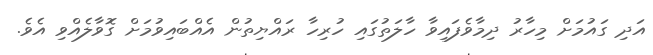
އަދި ގައުމަށް މިހާރު ދިމާވެފައިވާ ހާލަތުގައި ހުރިހާ ރައްޔިތުން އެއްބައިިވުމަށް ގޮވާލެއްވި އެވެ.